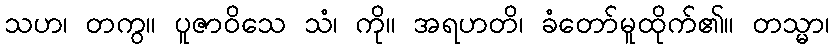
သဟ၊ တကွ။ ပူဇာဝိသေ သံ၊ ကို။ အရဟတိ၊ ခံတော်မူထိုက်၏။ တသ္မာ၊